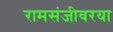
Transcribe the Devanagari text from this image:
रामसंजीवरया